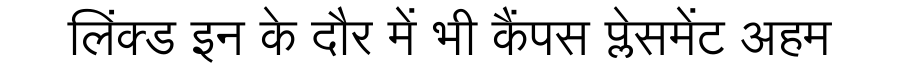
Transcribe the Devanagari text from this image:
लिंक्ड इन के दौर में भी कैंपस प्लेसमेंट अहम